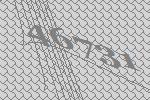
46731